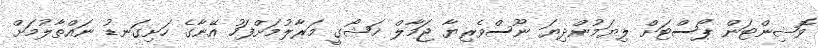
ވޮޝިންޓަން ޕޯސްޓަށް ލިޔަމުންދިޔަ ނޫސްވެރިޔާ ޖަމާލް ޚަޝޯގީ މަރާލުމަށްފަހު އޭނާގެ ހަށިގަނޑު ނައްތާލުމަށް